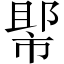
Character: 𱜲